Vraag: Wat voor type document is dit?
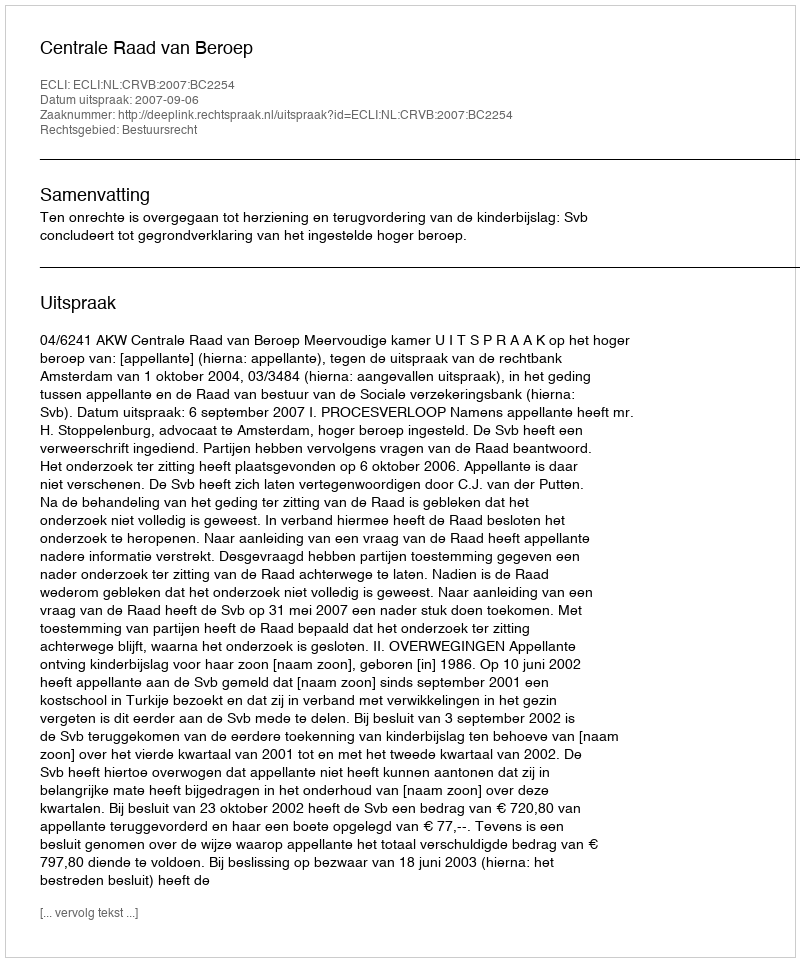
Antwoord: Uitspraak